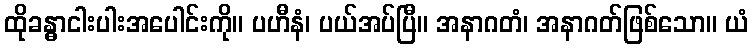
ထိုခန္ဓာငါးပါးအပေါင်းကို။ ပဟီနံ၊ ပယ်အပ်ပြီ။ အနာဂတံ၊ အနာဂတ်ဖြစ်သော။ ယံ